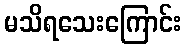
မသိရသေးကြောင်း